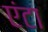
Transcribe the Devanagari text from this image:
एंटा